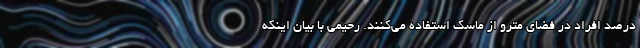
درصد افراد در فضای مترو از ماسک استفاده می‌کنند. رحیمی با بیان اینکه